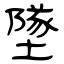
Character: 墜